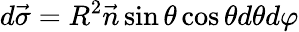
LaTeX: d\vec{\sigma}=R^{2}\vec{n}\sin\theta\cos\theta d\theta d\varphi